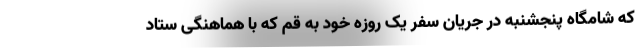
که شامگاه پنجشنبه در جریان سفر یک روزه خود به قم که با هماهنگی ستاد